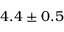
4 . 4 \pm 0 . 5